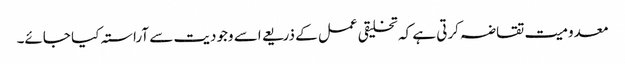
معدومیت تقاضہ کرتی ہے کہ تخلیقی عمل کے ذریعے اسے وجودیت سے آراستہ کیا جائے۔